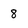
Character: 8